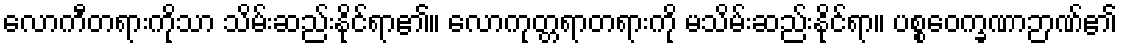
လောကီတရားကိုသာ သိမ်းဆည်းနိုင်ရာ၏။ လောကုတ္တရာတရားကို မသိမ်းဆည်းနိုင်ရာ။ ပစ္စဝေက္ခဏာဉာဏ်၏